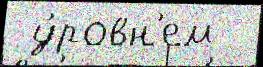
 у́ровн'ем